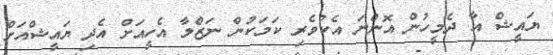
ޔައީޝް އާ ދެމީހުން އޮންނަ އެކުވެރި ކަމަކުން ނަޒްލާ އެހީއަށް އެދި ޔައީޝްއަށް